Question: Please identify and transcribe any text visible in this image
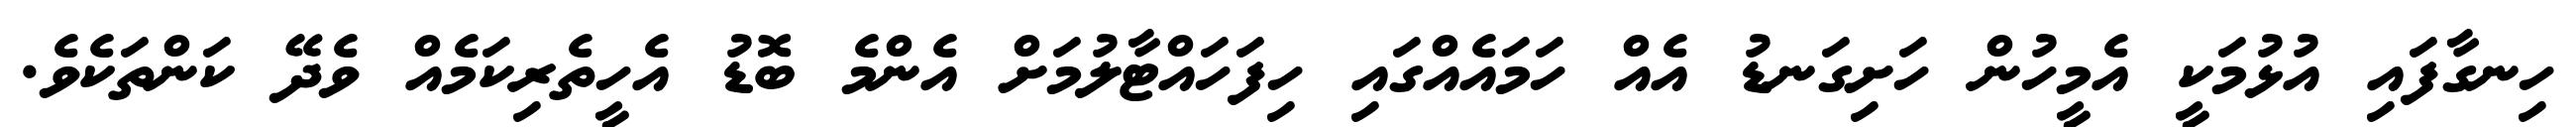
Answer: ހިނގާފައި އުޅުމަކީ އެމީހުން ހަށިގަނޑު އެއް ހަމައެއްގައި ހިފަހައްޓާލުމަށް އެންމެ ބޮޑު އެހީތެރިކަމެއް ވެދޭ ކަންތަކެވެ.